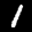
Label: 1